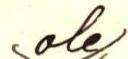
\ole/